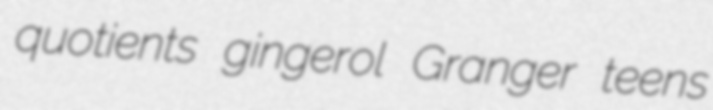
quotients gingerol Granger teens